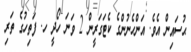
ޙުސައިން އެވެ. އަންހެނުންގެ ކެޓަގަރީން 2 ވަނަ ހޯދީ ހ. ފަތިހުގެ ތަރި